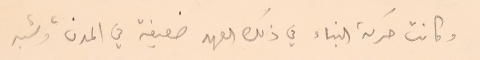
وكانت حركة البناء في ذلك العهد ضعيفة في المدن، وشبه